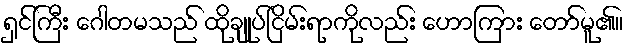
ရှင်ကြီး ဂေါတမသည် ထိုချုပ်ငြိမ်းရာကိုလည်း ဟောကြား တော်မူ၏။